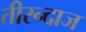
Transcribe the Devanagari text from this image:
तीरन्दाज